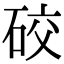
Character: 䂭